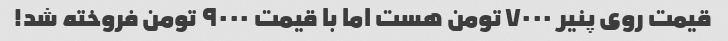
قیمت روی پنیر ۷۰۰۰ تومن هست اما با قیمت ۹۰۰۰ تومن فروخته شد!